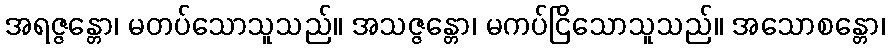
အရဇ္ဇန္တော၊ မတပ်သောသူသည်။ အသဇ္ဇန္တော၊ မကပ်ငြိသောသူသည်။ အသောစန္တော၊